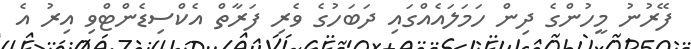
ފޭރުނު މީހުންގެ ދިން ހަމަލައެއްގައި ދަބަހުގެ ވެރި ފަރާތް އެކްސިޑެންޓްވި އިރު އެ